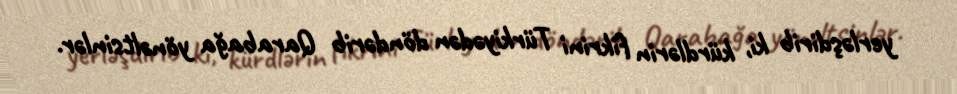
yerləşdirib ki, kürdlərin fikrini Türkiyədən döndərib Qarabağa yönəltsinlər.